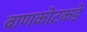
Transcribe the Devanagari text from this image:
बाणकोटकडे